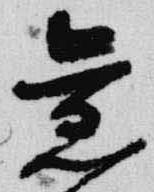
旧